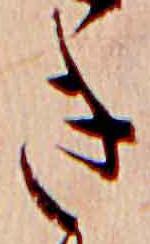
き